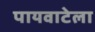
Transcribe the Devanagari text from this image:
पायवाटेला